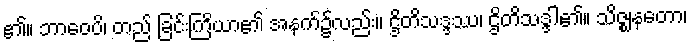
၏။ ဘာဝေပိ၊ တည် ခြင်းကြိယာ၏ အနက်၌လည်း။ ဌိတိသဒ္ဒဿ၊ ဌိတိသဒ္ဒါ၏။ သိဇ္ဈနတော၊